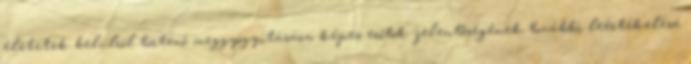
életetek belülről történő meggyógyítására képes erőtök jelentőségének további leértékelése